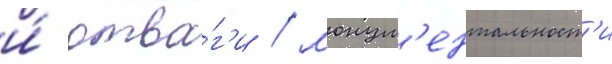
и́ отва́г'и / монум'ентальност'и